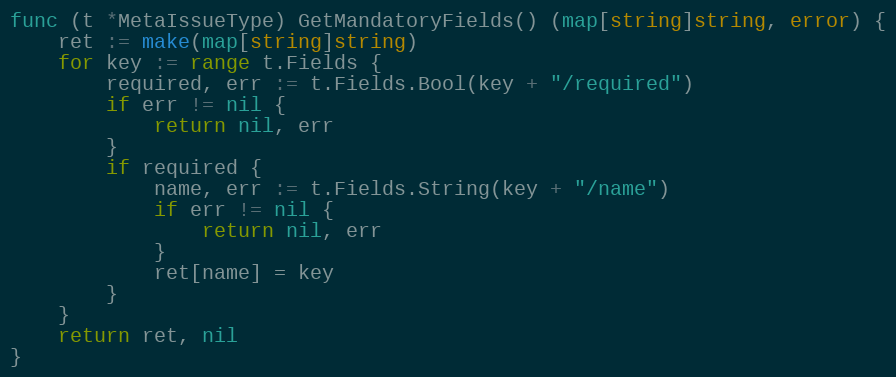
Language: Go
func (t *MetaIssueType) GetMandatoryFields() (map[string]string, error) {
	ret := make(map[string]string)
	for key := range t.Fields {
		required, err := t.Fields.Bool(key + "/required")
		if err != nil {
			return nil, err
		}
		if required {
			name, err := t.Fields.String(key + "/name")
			if err != nil {
				return nil, err
			}
			ret[name] = key
		}
	}
	return ret, nil
}